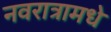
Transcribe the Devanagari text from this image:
नवरात्रामधे